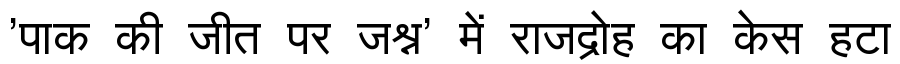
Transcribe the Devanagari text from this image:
'पाक की जीत पर जश्न' में राजद्रोह का केस हटा